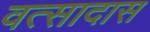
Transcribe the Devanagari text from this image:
वत्सादास